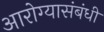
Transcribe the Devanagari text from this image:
आरोग्यासंबंधी